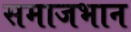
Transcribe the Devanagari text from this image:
समाजभान